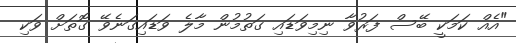
"އެއް ކަމަކީ ބޭސް ފަރުވާ ނިމިވަޑައި ގަތުމުން މާލެ ވަޑައިގަނެވޭ ގޮތަށް ވަކި